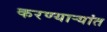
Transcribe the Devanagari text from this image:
करण्यार्‍यांत